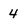
Character: 4